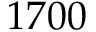
1 7 0 0